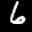
Label: 6